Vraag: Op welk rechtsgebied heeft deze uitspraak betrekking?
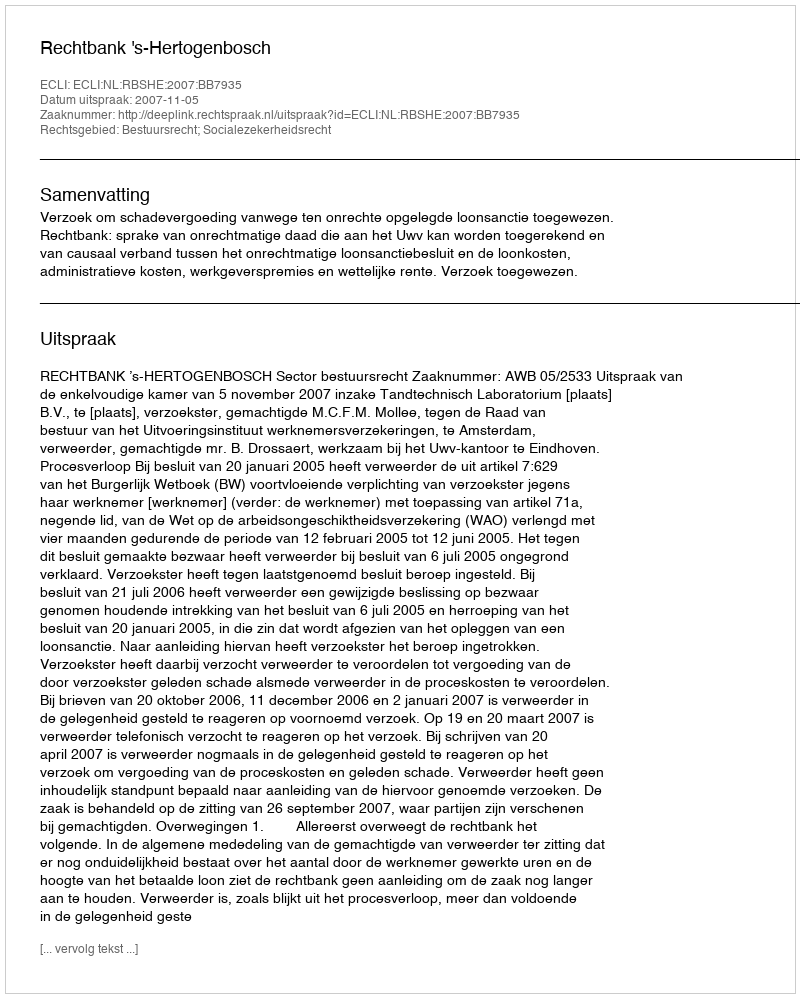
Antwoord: Bestuursrecht; Socialezekerheidsrecht